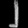
Digit: ၂